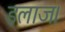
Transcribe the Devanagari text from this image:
इलाज।